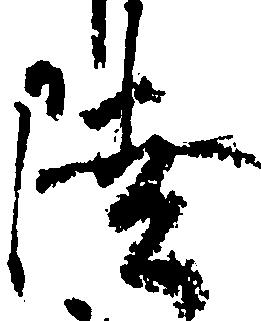
陸